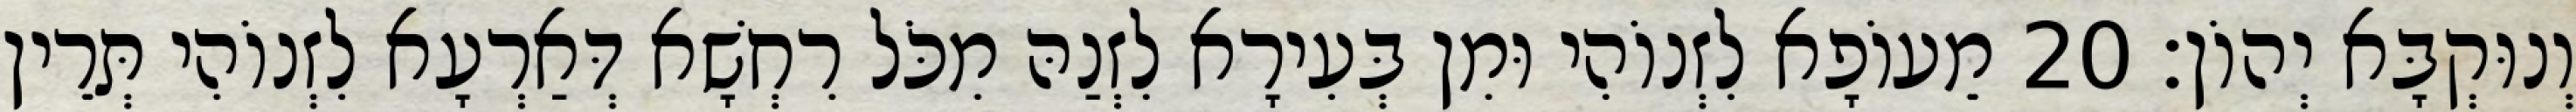
וְנוּקְבָּא יְהוֹן׃ 20 מֵעוֹפָא לִזְנוֹהִי וּמִן בְּעִירָא לִזְנַהּ מִכֹּל רִחְשָׁא דְּאַרְעָא לִזְנוֹהִי תְּרֵין